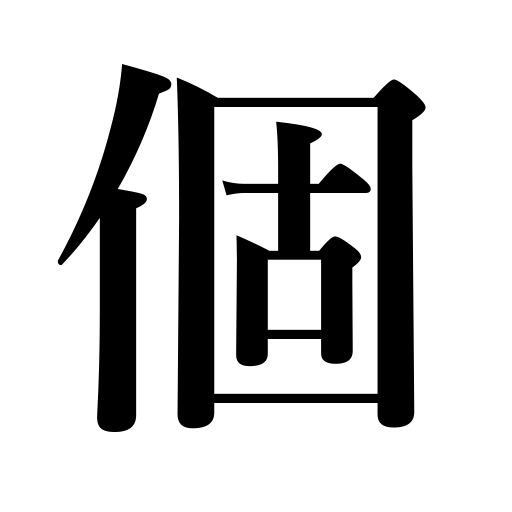
Meanings: article counter,individual